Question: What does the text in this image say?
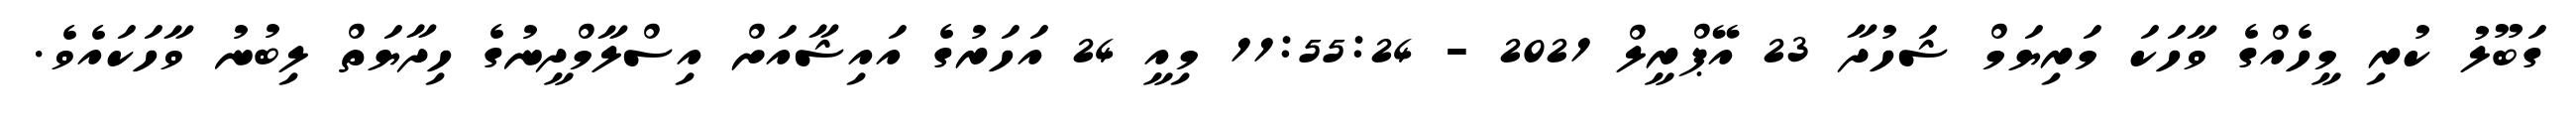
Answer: ގަބޫލު ކުރި މީހެއްގެ ވާހަކަ މަރިޔަމް ޝަހުދާ 23 އޭޕްރީލް 2021 - 11:55:24 މިއީ 24 އަހަރުގެ އައިޝާއަށް އިސްލާމްދީނުގެ ހިދާޔަތް ލިބުނު ވާހަކައެވެ.